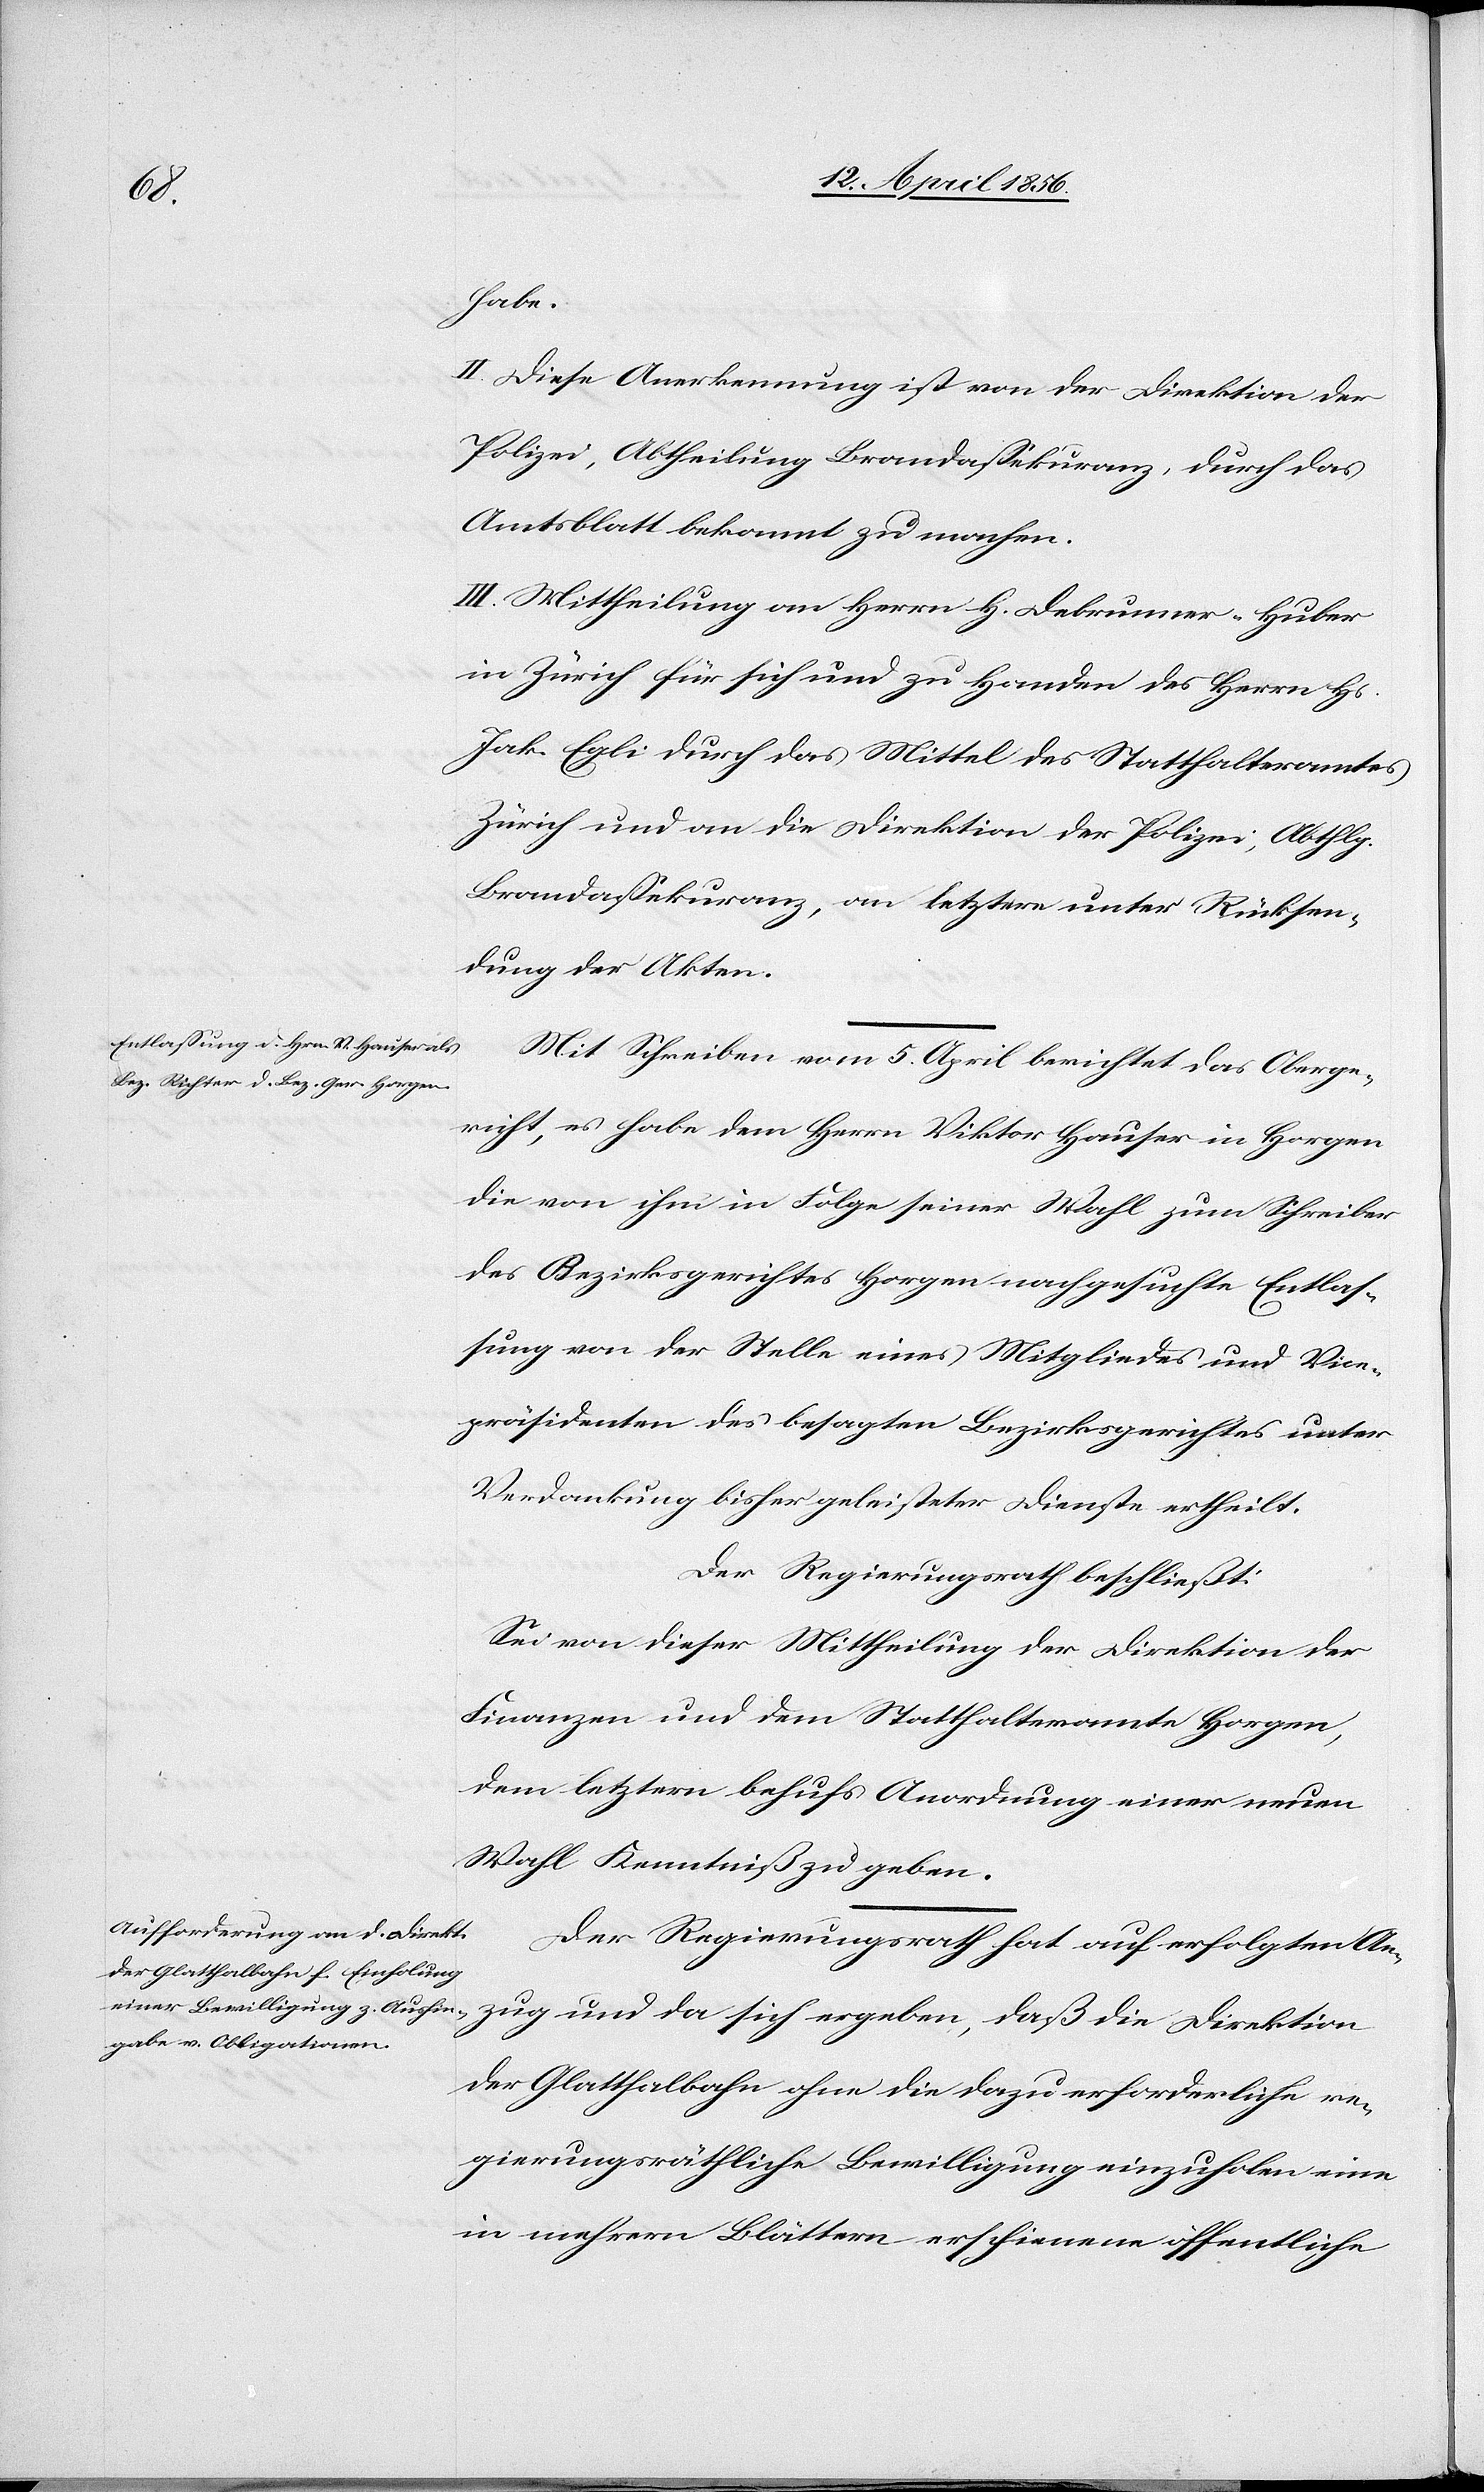
die

habe.
II. Diese Anerkennung ist von der Direktion der
Polizei, Abtheilung Brandassekuranz, durch das
Amtsblatt bekannt zu machen.
III. Mittheilung an Herrn H. Debrunner-Huber
in Zürich für sich und zu Handen des Herrn Hs.
Jak. Egli durch das Mittel des Statthalteramtes
Zürich und an die Direktion der Polizei, Abthlg.
Brandassekuranz, an letztere unter Rücksen¬
dung der Akten.
Mit Schreiben vom 5. April berichtet das Oberge¬
richt, es habe dem Herrn Viktor Hauser in Horgen
die von ihm in Folge seiner Wahl zum Schreiber
des Bezirksgerichtes Horgen nachgesuchte Entlas¬
sung von der Stelle eines Mitgliedes und Vice¬
präsidenten des besagten Bezirksgerichtes unter
Verdankung bisher geleisteter Dienste ertheilt.
Der Regierungsrath beschließt:
Sei von dieser Mittheilung der Direktion der
Finanzen und dem Statthalteramte Horgen,
dem letztern behufs Anordnung einer neuen
Wahl Kenntniß zu geben.
Der Regierungsrath hat auf erfolgten An¬
der Glatthalbahn ohne die dazu erforderliche re¬
gierungsräthliche Bewilligung einzuholen eine
in mehrern Blättern erschienene öffentliche